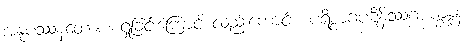
အနုပဿနတောစ၊ ရှုခြင်းကြောင့် လည်းကောင်း။ ပရိစ္စာဂပဋိနိဿဂ္ဂပက္ခန္ဒန